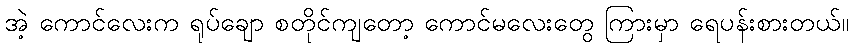
အဲ့ ကောင်လေးက ရုပ်ချော စတိုင်ကျတော့ ကောင်မလေးတွေ ကြားမှာ ရေပန်းစားတယ်။